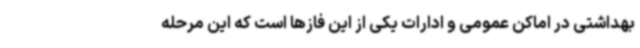
بهداشتی در اماکن عمومی و ادارات یکی از این فازها است که این مرحله